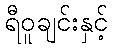
ရီဝူချင်းနှင့်